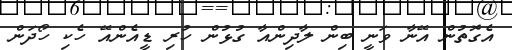
އެގޮތުން އޭނާ ވަނީ ބިން ލާދިންއާ ގުޅުން ހުރި ޑީއެންއޭ ހެކި ހޯދަން